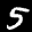
Label: 5